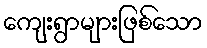
ကျေးရွာများဖြစ်သော